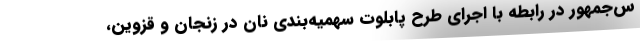
س‌جمهور در رابطه با اجرای طرح پابلوت سهمیه‌بندی نان در زنجان و قزوین،